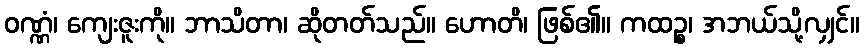
ဝဏ္ဏံ၊ ကျေးဇူးကို။ ဘာသိတာ၊ ဆိုတတ်သည်။ ဟောတိ၊ ဖြစ်၏။ ကထဉ္စ၊ အဘယ်သို့လျှင်။